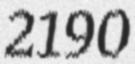
2190